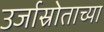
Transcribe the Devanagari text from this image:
उर्जास्रोताच्या